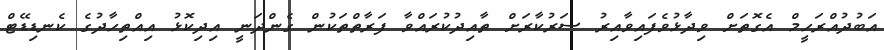
އަބުދުއްރަހީމް އެގޮތަށް ވިދާޅުވެފައިވާއިރު ސަރުކާރަށް ތާއިދުކުރައްވާ ފަރާތްތަކުން ގެންދަނީ އިދިކޮޅު އިއްތިހާދުގެ ކެނޑިޑޭޓް